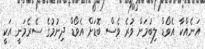
އަނެއްކާ އެވޯޑް ލިބުމަށް ވުރެ ވެސް ބޮޑަށް އެވޯޑް ދިނުމުގެ ސެރެމަނީ އަކީ